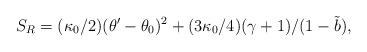
LaTeX: \begin{align*}S_R=(\kappa_0/2)(\theta'-\theta_0)^2+(3\kappa_0/4)(\gamma+1)/(1-\tilde{b}),\end{align*}